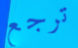
ترجع